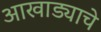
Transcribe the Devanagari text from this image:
आखाड्याचे